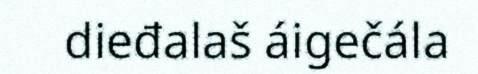
dieđalaš áigečála